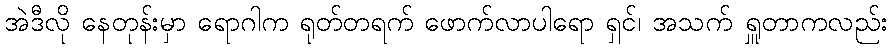
အဲဒီလို နေတုန်းမှာ ရောဂါက ရုတ်တရက် ဖောက်လာပါရော ရှင်၊ အသက် ရှူတာကလည်း